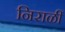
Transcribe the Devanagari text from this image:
निराळीं